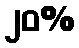
၂၀%